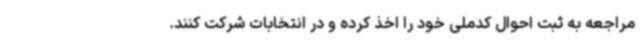
مراجعه به ثبت احوال کدملی خود را اخذ کرده و در انتخابات شرکت کنند.